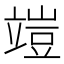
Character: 𥪪